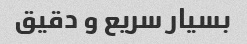
بسیار سریع و دقیق